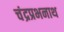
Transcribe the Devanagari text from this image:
चंद्रप्रभनाथ